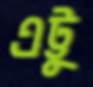
এট্টু